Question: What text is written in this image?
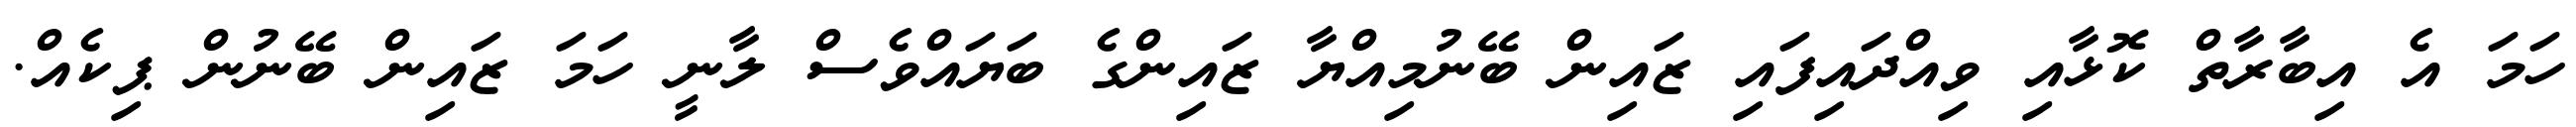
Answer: ހަމަ އެ އިބާރާތް ކޮޅާއި ވިއްދައިފައި ޒައިން ބޭނުމިއްޔާ ޒައިންގެ ބަޔައްވެސް ލާނީ ހަމަ ޒައިން ބޭނުން ޕިކެއް.